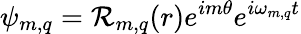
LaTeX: \psi_{m,q}=\mathcal{R}_{m,q}(r)e^{im\theta}e^{i\omega_{m,q}t}